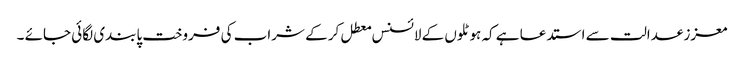
معزز عدالت سے استدعا ہے کہ ہوٹلوں کے لائسنس معطل کر کے شراب کی فروخت پابندی لگائی جائے ۔